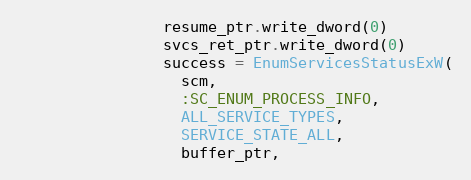
Language: Ruby
                resume_ptr.write_dword(0)
                svcs_ret_ptr.write_dword(0)
                success = EnumServicesStatusExW(
                  scm,
                  :SC_ENUM_PROCESS_INFO,
                  ALL_SERVICE_TYPES,
                  SERVICE_STATE_ALL,
                  buffer_ptr,